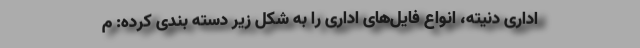
اداری دنیته، انواع فایل‌های اداری را به شکل زیر دسته بندی کرده: م